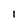
Character: i